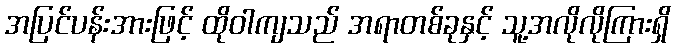
အပြင်ပန်းအားဖြင့် ထိုဝါကျသည် အရာတစ်ခုနှင့် သူ့အလိုလိုကြားရှိ